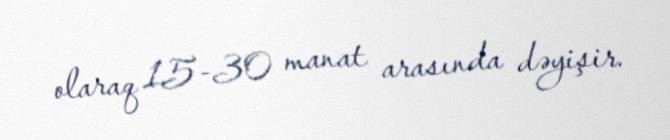
olaraq 15-30 manat arasında dəyişir.